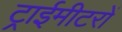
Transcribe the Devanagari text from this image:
ट्राईमीटरों